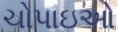
ચોપાઇઓ